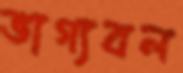
ভাগ্যবল